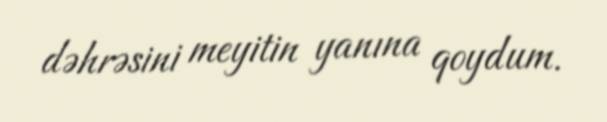
dəhrəsini meyitin yanına qoydum.